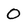
Character: 0